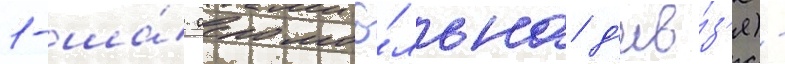
1-ша́ аеромоб́льна д'ив́з'я) -